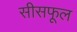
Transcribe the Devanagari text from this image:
सीसफूल